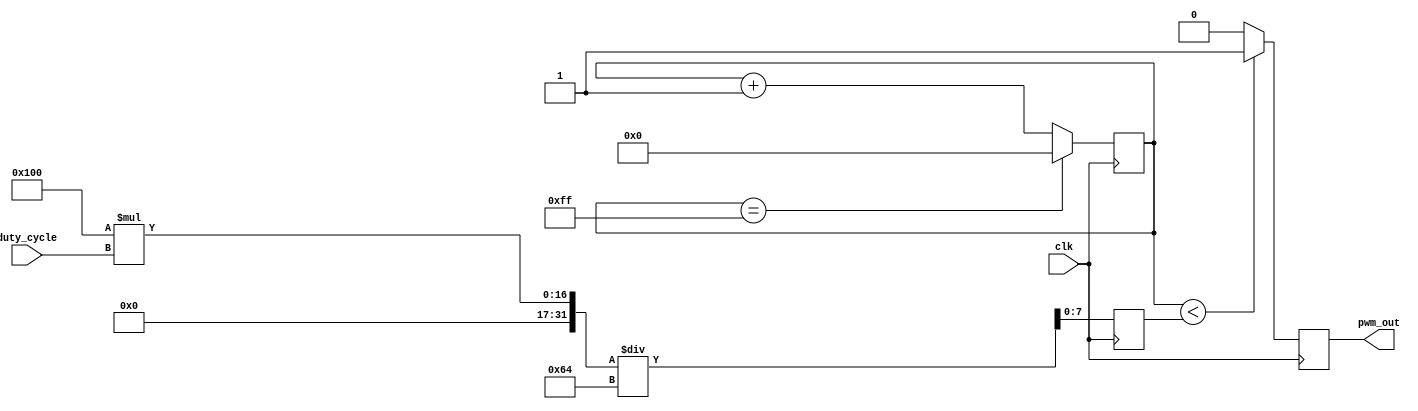
module pwm_generator (
    input clk,
    input [7:0] duty_cycle,
    output reg pwm_out
);

reg [7:0] threshold;
reg [7:0] counter;

always @ (posedge clk) begin
    if (counter < threshold) begin
        pwm_out <= 1;
    end else begin
        pwm_out <= 0;
    end
    
    if (counter == 255) begin
        counter <= 0;
    end else begin
        counter <= counter + 1;
    end
end

always @ (posedge clk) begin
    threshold <= (256 * duty_cycle) / 100;
end

endmodule